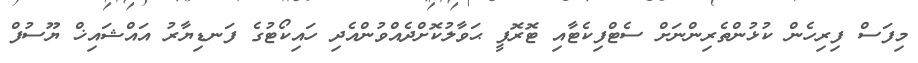
މިފަސް ފިރިހެން ކުޅުންތެރިންނަށް ސެޓްފިކެޓާއި ޓޮރޮފީ ޙަވާލުކޮށްދެއްވުންއެދި ހައިކޯޓުގެ ފަނޑިޔާރު އައްޝައިޚް ޔޫސުފް